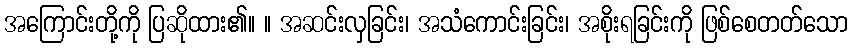
အကြောင်းတို့ကို ပြဆိုထား၏။ ။ အဆင်းလှခြင်း၊ အသံကောင်းခြင်း၊ အစိုးရခြင်းကို ဖြစ်စေတတ်သော